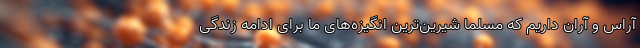
آراس و آران داریم که مسلما شیرین‌ترین انگیزه‌های ما برای ادامه زندگی